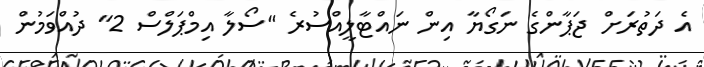
އެ ދަތުރަށް ޖަޕާންގެ ނަގޯޔާ އިން ނައްޓާލީއްސުރެ "ސޯލާ އިމްޕަލްސް 2" ދުއްވަމުން